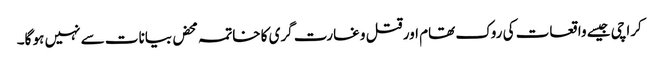
کراچی جیسے واقعات کی روک تھام اور قتل و غارت گری کا خاتمہ محض بیانات سے نہیں ہو گا۔